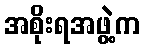
အစိုးရအဖွဲ့က